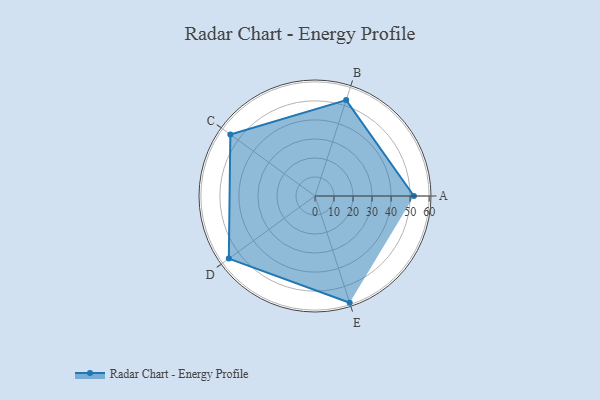
{"axis": {"x": "Skill", "y": "Score"}, "legend": ["Profile"], "data": [{"x": "A", "y": 52.0, "type": "Profile"}, {"x": "B", "y": 53.0, "type": "Profile"}, {"x": "C", "y": 55.0, "type": "Profile"}, {"x": "D", "y": 56.0, "type": "Profile"}, {"x": "E", "y": 59.0, "type": "Profile"}]}